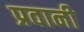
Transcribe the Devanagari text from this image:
प्रवानी